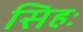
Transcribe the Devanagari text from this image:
सिहः